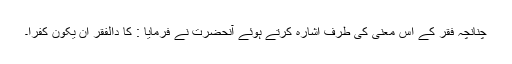
چنانچہ فقر کے اس معنی کی طرف اشارہ کرتے ہوئے آنحضرت نے فرمایا : کا دالفقر ان یکون کفرا۔